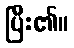
ပြီး၏။